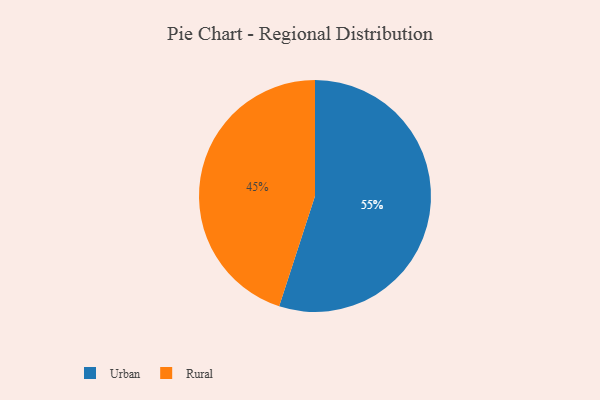
{"axis": {"x": "Category", "y": "Percentage"}, "legend": ["Rural", "Urban"], "data": [{"x": "Urban", "y": 55, "type": "Urban"}, {"x": "Rural", "y": 45, "type": "Rural"}]}